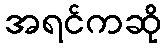
အရင်ကဆို